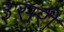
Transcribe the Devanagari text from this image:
३सरी